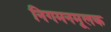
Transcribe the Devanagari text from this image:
निगमनमूलक